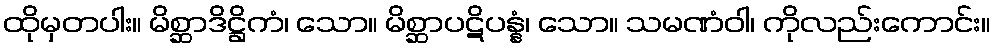
ထိုမှတပါး။ မိစ္ဆာဒိဋ္ဌိကံ၊ သော။ မိစ္ဆာပဋိပန္နံ၊ သော။ သမဏံဝါ၊ ကိုလည်းကောင်း။